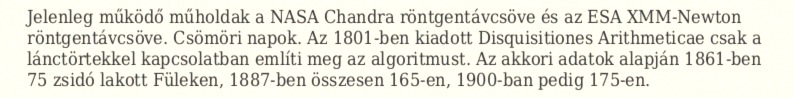
Jelenleg működő műholdak a NASA Chandra röntgentávcsöve és az ESA XMM-Newton röntgentávcsöve. Csömöri napok. Az 1801-ben kiadott Disquisitiones Arithmeticae csak a lánctörtekkel kapcsolatban említi meg az algoritmust. Az akkori adatok alapján 1861-ben 75 zsidó lakott Füleken, 1887-ben összesen 165-en, 1900-ban pedig 175-en.